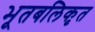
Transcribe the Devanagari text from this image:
भूतबलिकृत